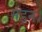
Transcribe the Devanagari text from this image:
मंडन।